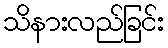
သိနားလည်ခြင်း